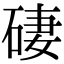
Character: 䃀